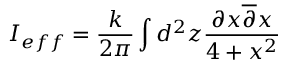
I _ { e f f } = \frac { k } { 2 \pi } \int d ^ { 2 } z \frac { \partial x \overline { { { \partial } } } x } { 4 + x ^ { 2 } }